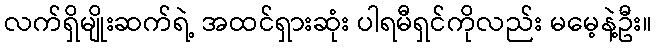
လက်ရှိမျိုးဆက်ရဲ့ အထင်ရှားဆုံး ပါရမီရှင်ကိုလည်း မမေ့နဲ့ဦး။